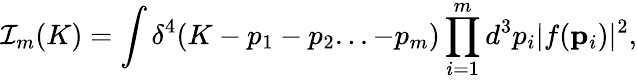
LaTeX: {\cal I}_{m}(K)=\int\delta^{4}(K-p_{1}-p_{2}...-p_{m})\prod_{i=1}^{m}d^{3}p_{i}|f({\mathbf p}_{i})|^{2},